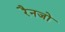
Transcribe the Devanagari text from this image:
रैनजो